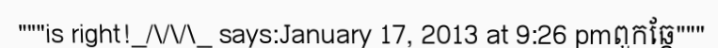
"""is right!_/\/\/\_ says:January 17, 2013 at 9:26 pmពួកឆ្កែ"""